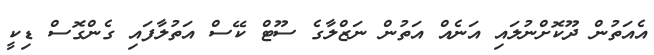
އެއަތުން ދޫކޮށްނުލައި އަނެއް އަތުން ނަޒްލާގެ ސޫޓް ކޭސް އަތުލާފައި ގެންގޮސް ޑިކީ